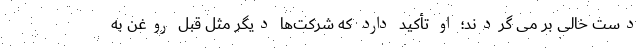
دست خالی بر می گردند؛ او تأکید دارد که شرکت‌ها دیگر مثل قبل روغن به